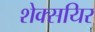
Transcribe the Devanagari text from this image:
शेक्सयिर